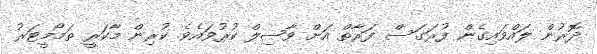
ދޮރުން ލައްވައިގެން ފުރަގަސް ފަރާތް އަށް ވާޞިލް ކުރުވައެވެ. ކުރިން މާކަރީ ތަމޯމީޓަރު